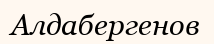
Алдабергенов